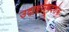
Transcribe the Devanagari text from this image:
उदाहराणदर्शक